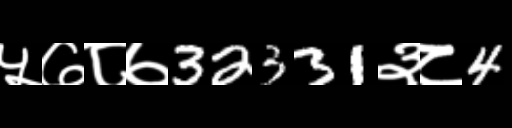
Text: ५७८७32331३८4